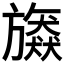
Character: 𣄠